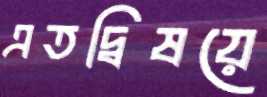
এতদ্বিষয়ে